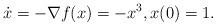
LaTeX: \begin{align*} \dot{x} = -\nabla f(x) = -x^3, x(0) = 1. \end{align*}